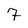
Character: 7